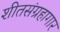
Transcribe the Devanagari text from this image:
शीतसंग्रहागार